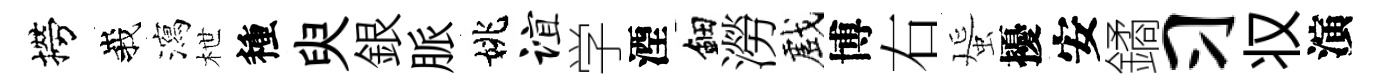
撈峩瀉枻種臾銀脈姚谊学湮鈿澇戲博右蜑擾安鐍习𠬧演